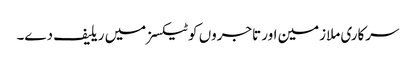
سرکاری ملازمین اور تاجروں کو ٹیکسز میں ریلیف دے۔